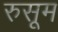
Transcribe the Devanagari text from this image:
रुसूम